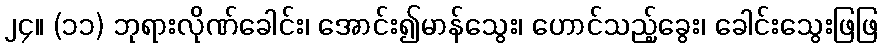
၂၄။ (၁၁) ဘုရားလိုဏ်ခေါင်း၊ အောင်း၍မာန်သွေး၊ ဟောင်သည့်ခွေး၊ ခေါင်းသွေးဖြဖြ